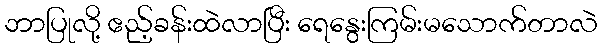
ဘာပြုလို့ ဧည့်ခန်းထဲလာပြီး ရေနွေးကြမ်းမသောက်တာလဲ